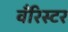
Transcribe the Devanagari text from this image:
बँरिस्टर